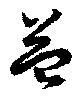
益